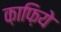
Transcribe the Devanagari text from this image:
क़ाफ़िये